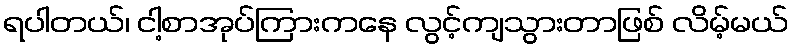
ရပါတယ်၊ ငါ့စာအုပ်ကြားကနေ လွင့်ကျသွားတာဖြစ် လိမ့်မယ်